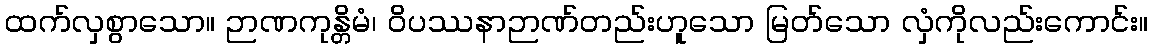
ထက်လှစွာသော။ ဉာဏကုန္တိမံ၊ ဝိပဿနာဉာဏ်တည်းဟူသော မြတ်သော လှံကိုလည်းကောင်း။